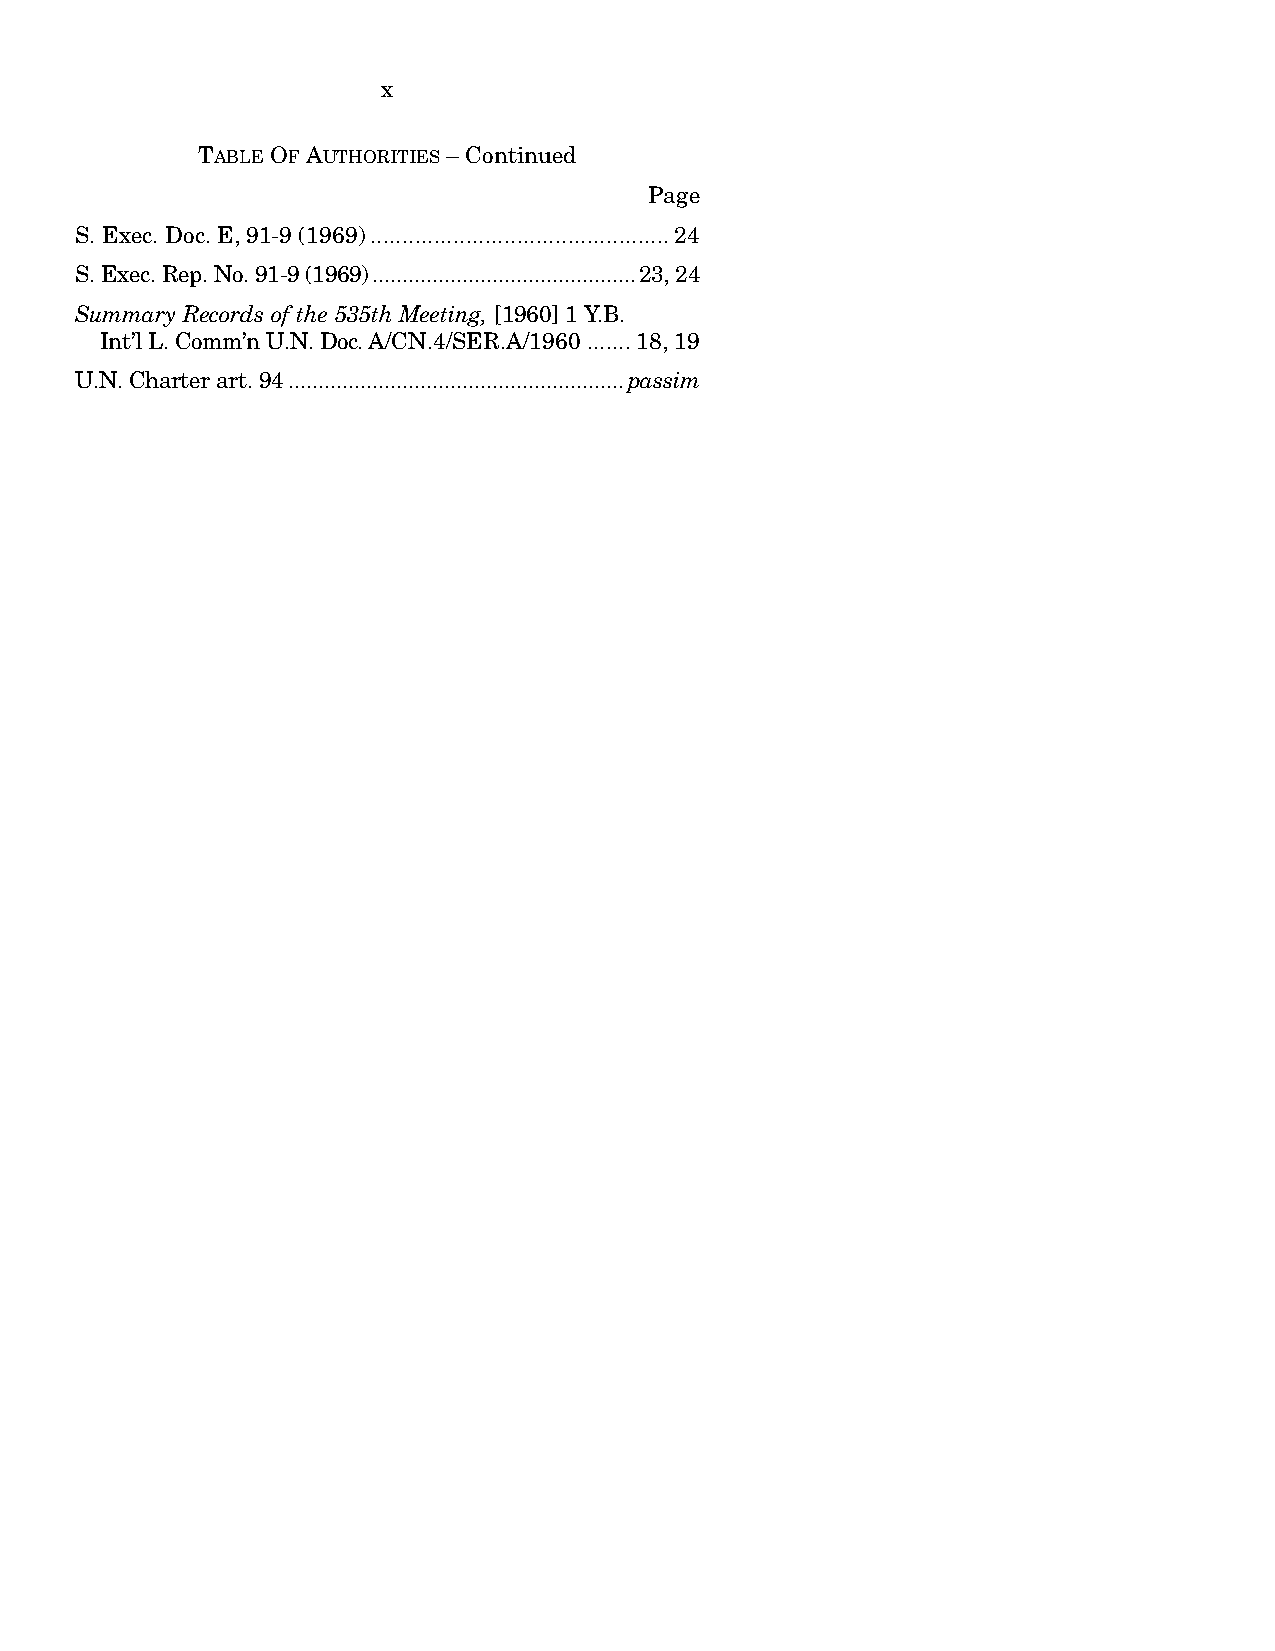
x
 TABLE OF AUTHORITIES – Continued
 Page
 S. Exec. Doc. E, 91-9 (1969)...............................................24
 S. Exec. Rep. No. 91-9 (1969)............................................23, 24
 Summary Records of the 535th Meeting, [1960] 1 Y.B.
 Int’l L. Comm’n U.N. Doc. A/CN.4/SER.A/1960 .......18, 19
 U.N. Charter art. 94........................................................passim